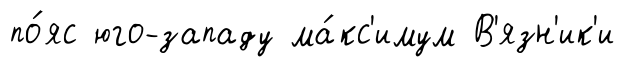
по́яс юго-западу ма́кс'имум В'язн'ик'и